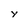
Character: y